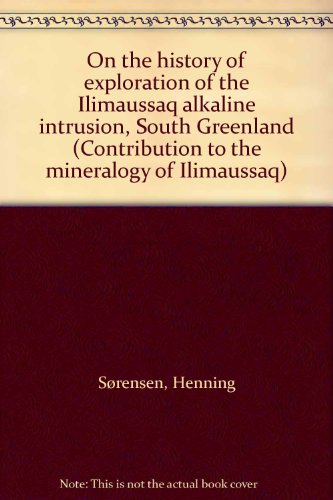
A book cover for On the history of exploration of the Ilimaussaq alkaline intrusion, South Greenland (Contribution to the mineralogy of Ilimaussaq); Henning SÃ¸rensen; History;